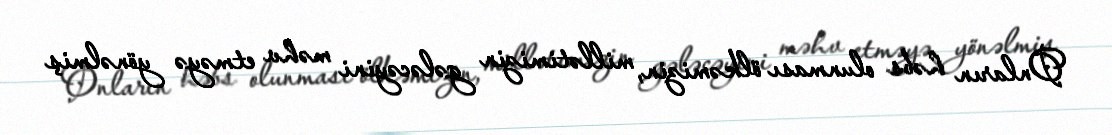
Onların həbs olunması ölkəmizin, millətimizin gələcəyini məhv etməyə yönəlmiş